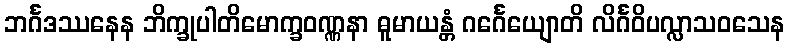
ဘင်္ဂဒဿနေန ဘိက္ခုပါတိမောက္ခဝဏ္ဏနာ ဓူမာယန္တံ ဂင်္ဂေယျောတိ လိင်္ဂဝိပလ္လာသဝသေန